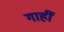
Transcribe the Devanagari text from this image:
गाहीं